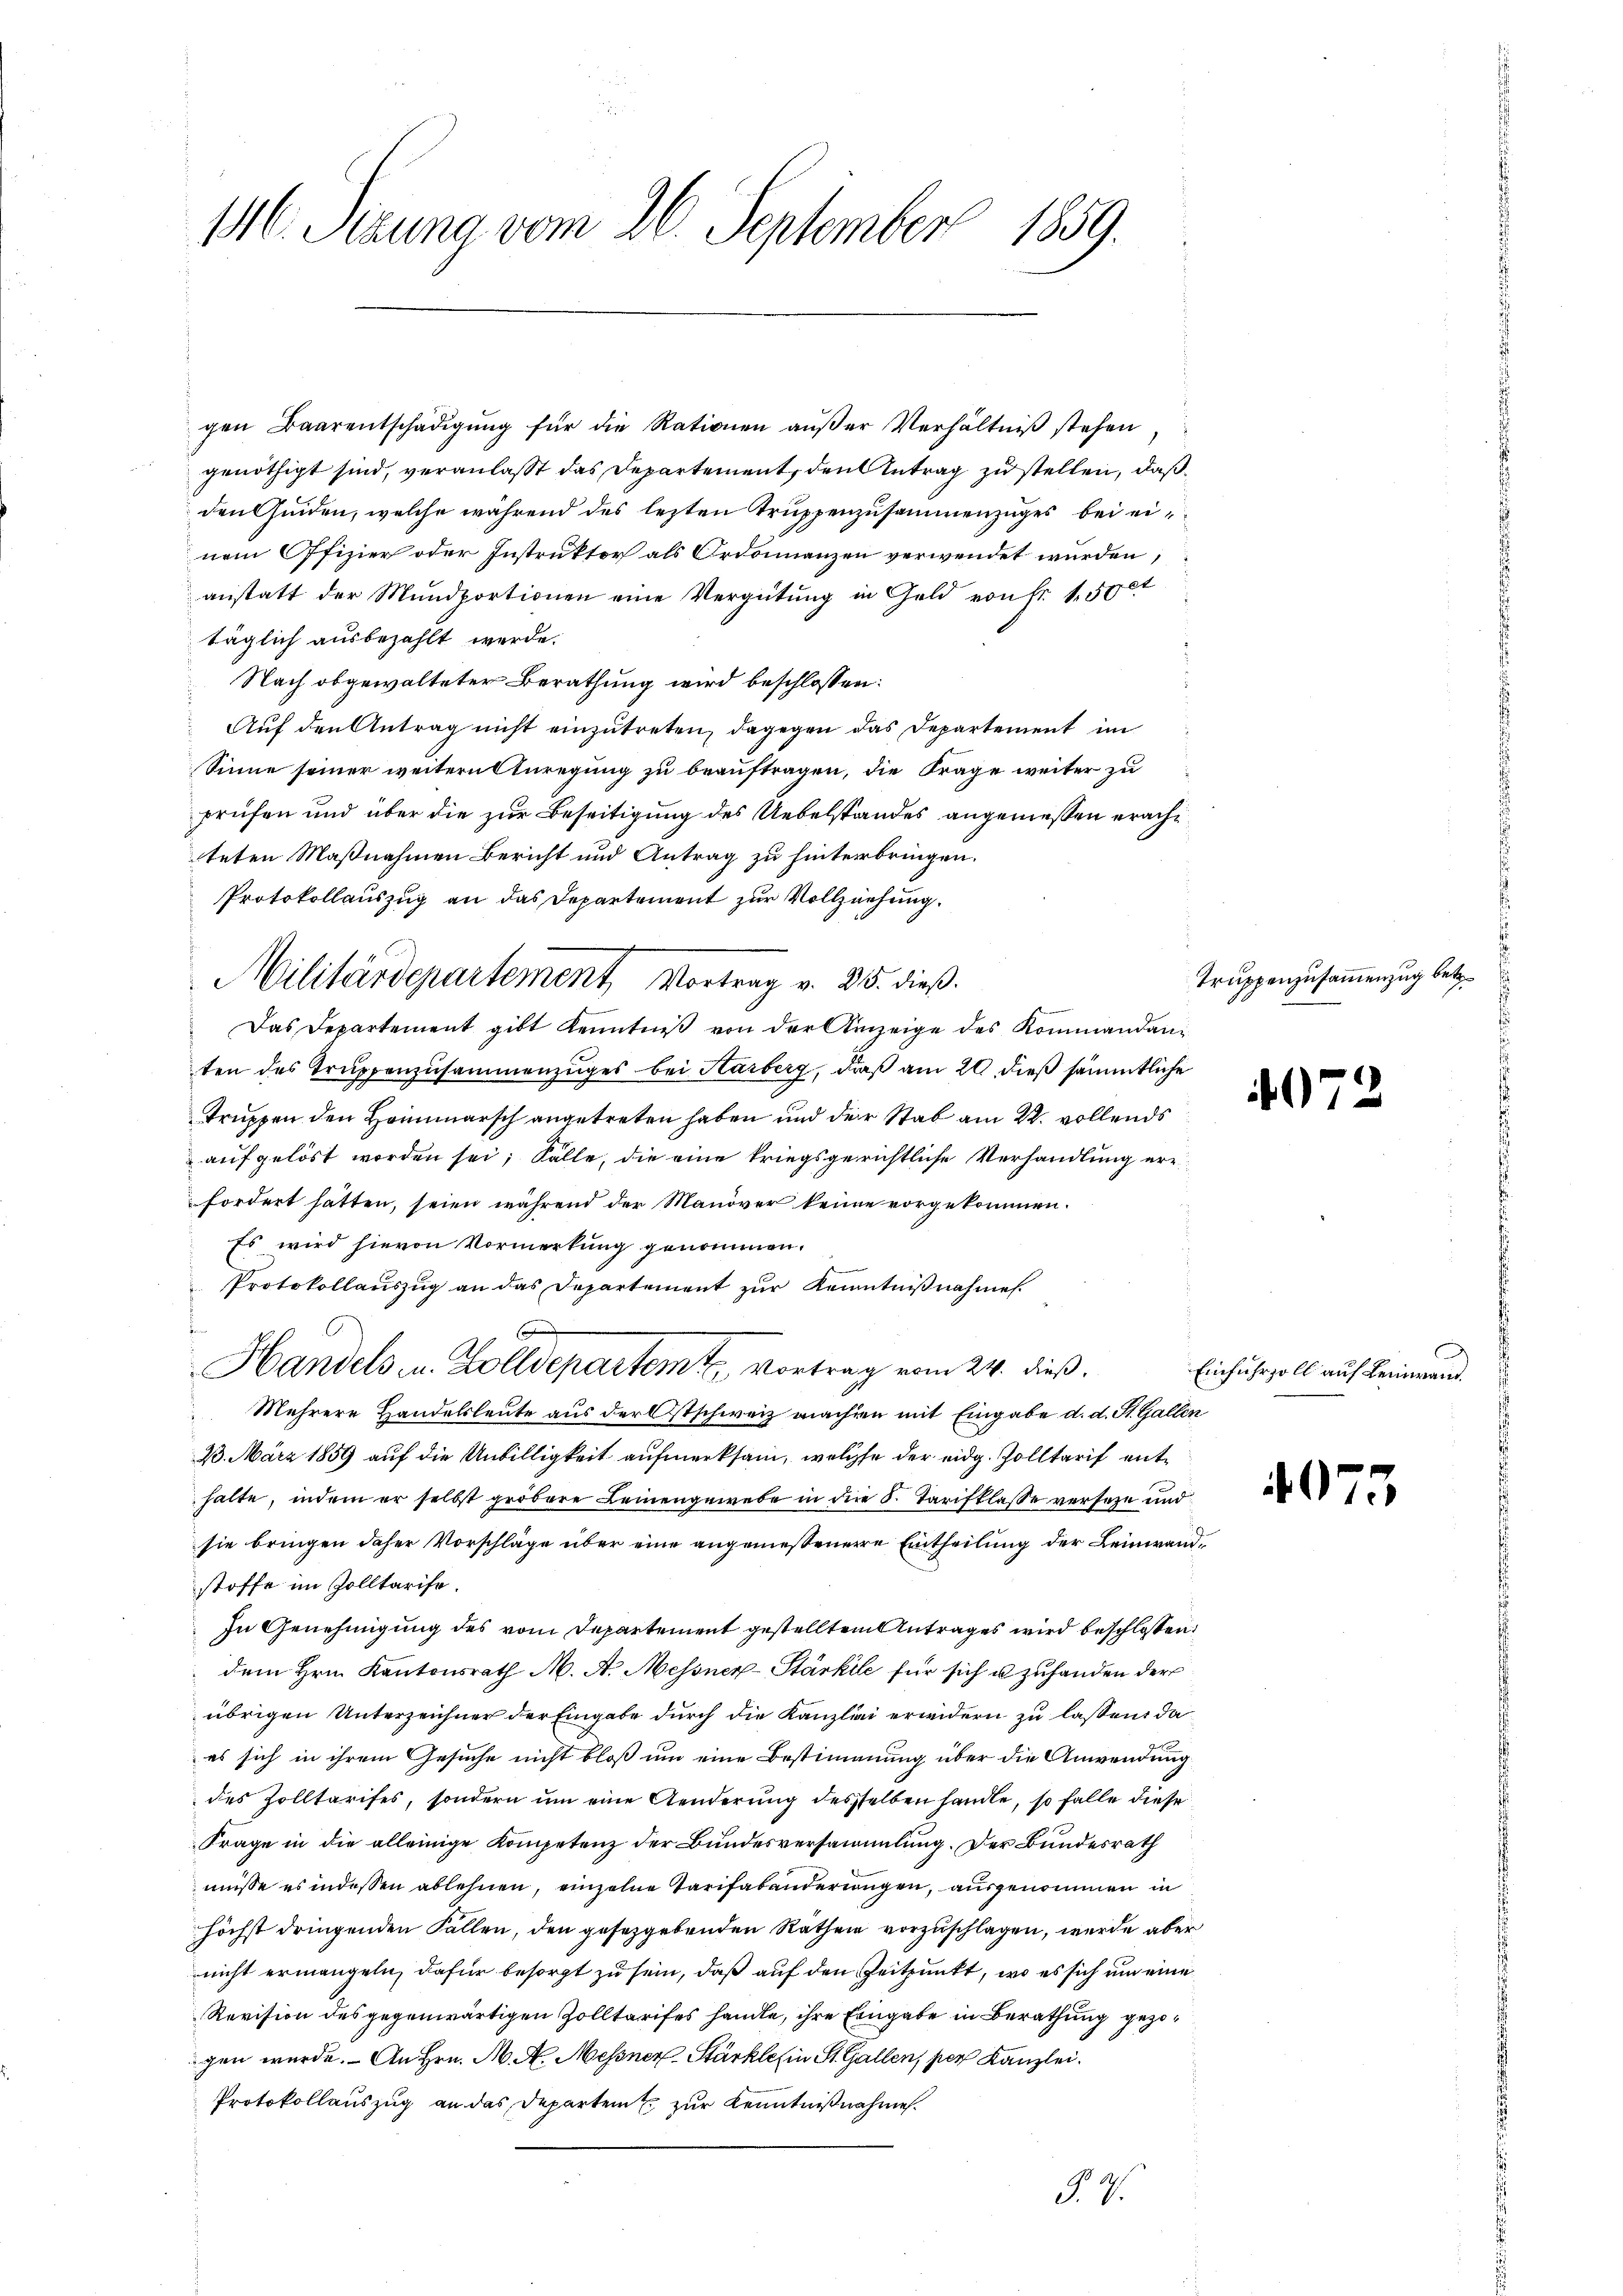
116. Jezuna vom 26. September 1859.

gen Baarentschädigŭng für die Rationen aŭβer Verhältniβ stehen
genöthigt sind, veranlaßt das Departement, den Antrag zu stellen, daß
den finden, welche während des lezten Truppenzusammenzuges bei einem Ofizier oder Instruktor als Ordonanzen verwendet würden;
anstatt der Mundportionen eine Vergütung in Geld von Fr. 150 ct
täglich ausbezahlt werde.
Nach obgewalteter Berathung wird beschlossen:
Auf den Antrag nicht einzutreten, dagegen das Departement im
Sinne seiner weitern Anregung zu beauftragen, die Frage weiter zu
prüfen und über die zur Beseitigung des Uebelstandes angemeßen erachteten Maßnahmen Bericht und Antrag zu hinterbringen.
Protokollauszug an das Departement zur Vollziehung.
Das Departement gibt Kenntniß von der Anzeige des Kommandanten des Truppenzusammenzuges bei Harberg, daß am 20. dieß sämmtliche
Truppen den Heimarsch angetreten haben und der Stab am 22. vollends
aufgelöst worden sei; Solle, die eine kriegsgerichtliche Verhandlung er
fordert hätten, seien während der Manöver keine vorgekommen.
Es wird hievon Vormerkung genommen.
Protokollauszug an das Departement zur Kenntnißnahmen.
o
Handels u. Zolldepartem Vortrag vom 24. dieß.
Mehrere Handelsleute aus der Ostschweiz machen mit Eingabe d. d. St. Gallen
23. März 1859 auf die Unbilligkeit aufmerksam, welche der eidg. Zolltarif enthalte, indem er selbst gröbere Leinengewebe in der S. Tarifklasse verseze und
sie bringen daher Vorschläge über eine angenießenere Entheilung der Leinwandstoffe im Zolltarise.
In Genehmigung des vom Departement gestellten Antrages wird beschlossen:
dem Hrn. Kantonsrath M. A. Messner-Stärkelle für sich u zuhanden der
übrigen Unterzeichner der Eingabe durch die Kanzlei erwidern zu lassen, da
es sich in ihrem Gesuche nicht bloß um eine Bestimmung über die Anwendung
des Zolltarises, sondern um eine Aenderung desselben handle, so falle diese
Frage in die alleinige Kompetenz der Bundesversammlung. Der Bundesrath
müsse es indessen ablehnen, einzelne Tarifabänderungen, ausgenommen in
höchst dringenden Fallen, den gesetzgebenden Rathen vorzuschlagen, wurde aber
nicht ermangeln, dafür besorgt zu sein, daß auf den Zeitpunkt, wo es sich um eine
Revision des gegenwärtigen Zolltarifes handle, ihre Eingabe in Berathung gezogen wurde. - An Hrn. M. A. Messner Stärklein St. Gallen, per Kanzlei.
Protokollauszug an das Departem zur Kenntnißnahme.
No. 9.

Militärdepartement Vortrag v. 28. dieß.

Truppenzusammenzug betr.

97

Einfuhrzoll auf Leinwand